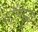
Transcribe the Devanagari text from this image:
पैशन्स